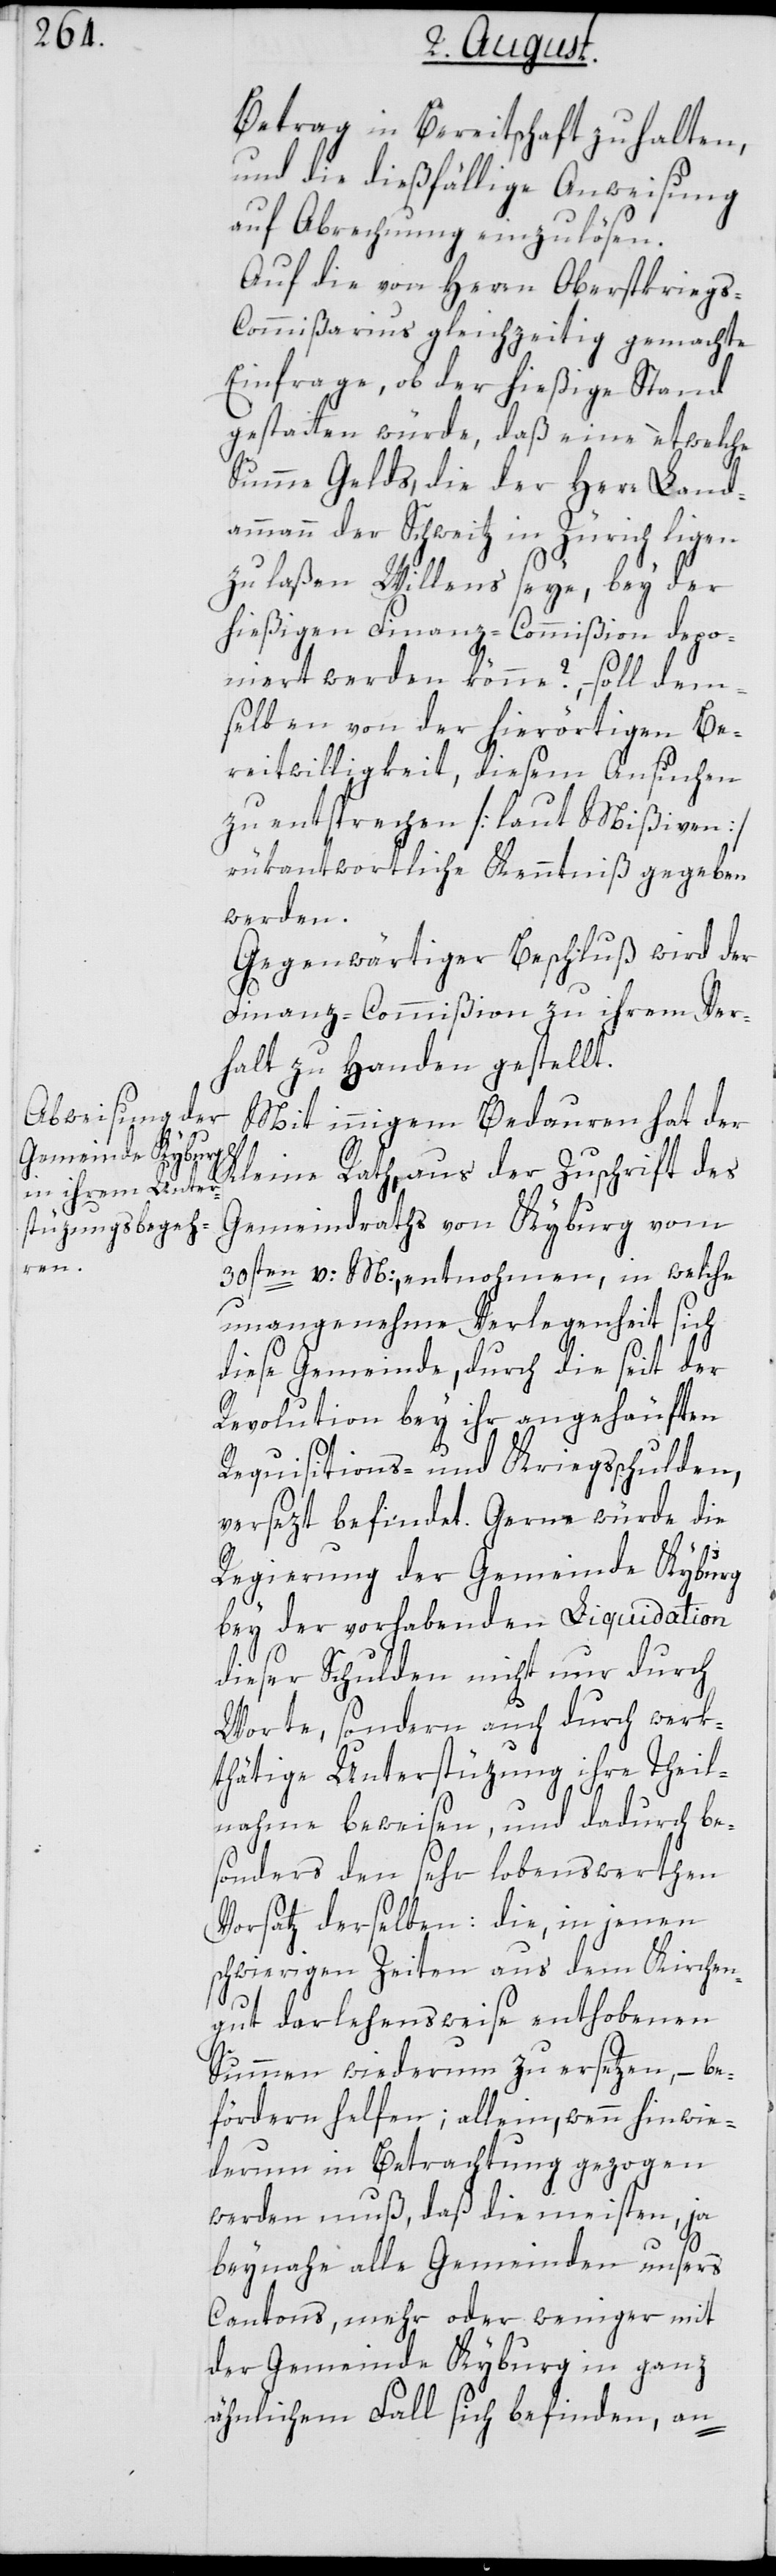
Betrag in Bereitschaft zu halten,
und die dießfällige Anweisung
auf Abrechnung einzulösen.
Auf die von Herrn Oberstkriegs-C¬
ommißarius gleichzeitig gemachte
Einfrage, ob der hießige Stand
gestatten würde, daß eine etwelche
Summe Gelds, die der Herr Land¬
ammann der Schweitz in Zürich ligen
zulaßen Willens seye, bey der
hießigen Finanz-Commißion depo¬
niert werden könne? – soll dem¬
selben von der hierörtigen Be¬
reitwilligkeit, diesem Ansuchen
zu entsprechen [laut Mißiven]
rükantwortliche Kenntniß gegeben
werden.
Gegenwärtiger Beschluß wird der
Finanz-Commißion zu ihrem Ver¬
halt zu Handen gestellt.
Mit innigem Bedauren hat der
Kleine Rath, aus der Zuschrift des
Gemeindraths von Kyburg vom
30sten v: M:, entnohmen, in welche
unangenehme Verlegenheit sich
diese Gemeinde, durch die seit der
Revolution bey ihr angehäuften
Requisitions- und Kriegsschulden,
versezt befindet. Gerne würde die
Regierung der Gemeinde Kyburg
bey der vorhabenden Liquidation
dieser Schulden nicht nur durch
Worte, sondern auch durch werk¬
thätige Unterstüzung ihre Theil¬
nahme beweisen, und dadurch be¬
sonders den sehr lobenswerthen
Vorsatz derselben: die, in jenen
schwierigen Zeiten aus dem Kirchen¬
gut darlehensweise enthobenen
Summen wiederum zu ersetzen, – be¬
fördern helfen; allein, wenn hinwie¬
derum in Betrachtung gezogen
werden muß, daß die meisten, ja
beynahe alle Gemeinden unsers
Cantons, mehr oder weniger mit
der Gemeinde Kyburg in ganz
ähnlichem Fall sich befinden, an-